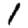
Digit: 1